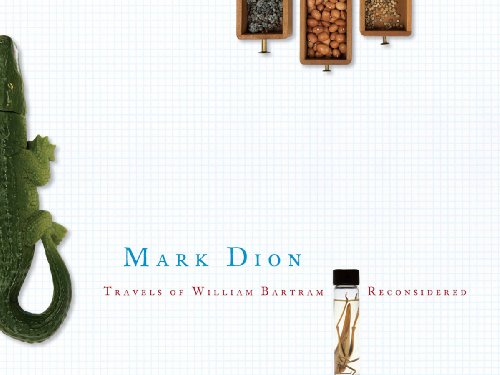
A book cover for Travels of William Bartram Reconsidered; Mark Dion; Travel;